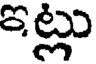
ఇట్లు